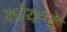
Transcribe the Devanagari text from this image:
कोयन्दे